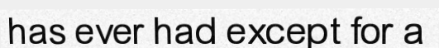
has ever had except for a